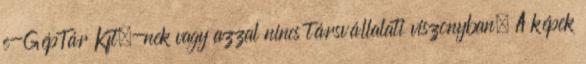
e-GépTár Kft.-nek vagy azzal nincs társvállalati viszonyban. A képek